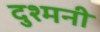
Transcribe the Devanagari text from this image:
दुश्‍मनी